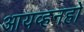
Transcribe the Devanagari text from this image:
आयव्हनहो